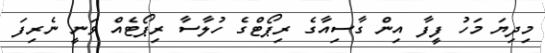
މިދިޔަ މަހު ފީފާ އިން ގާސިއާގެ ރިޕޯޓްގެ ހުލާސާ ރިޕޯޓެއް ވަނީ ނެރިފަ